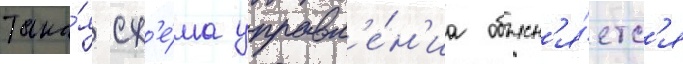
Така́я сх'е́ма управл'е́н'иа объясн'я́етс'я